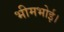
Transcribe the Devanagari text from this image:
भीमभोई।